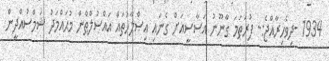
1934 -ދިވެހިރާއްޖެ:- ފުރަތަމަ ގާނޫނު އަސާސީއަށް ގެނައި އިޞްލާހުތައް އައްސުލްޠާން މުޙައްމަދު ޝަމްސުއްދީން